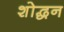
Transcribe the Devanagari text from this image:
शोद्धन